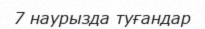
7 наурызда туғандар